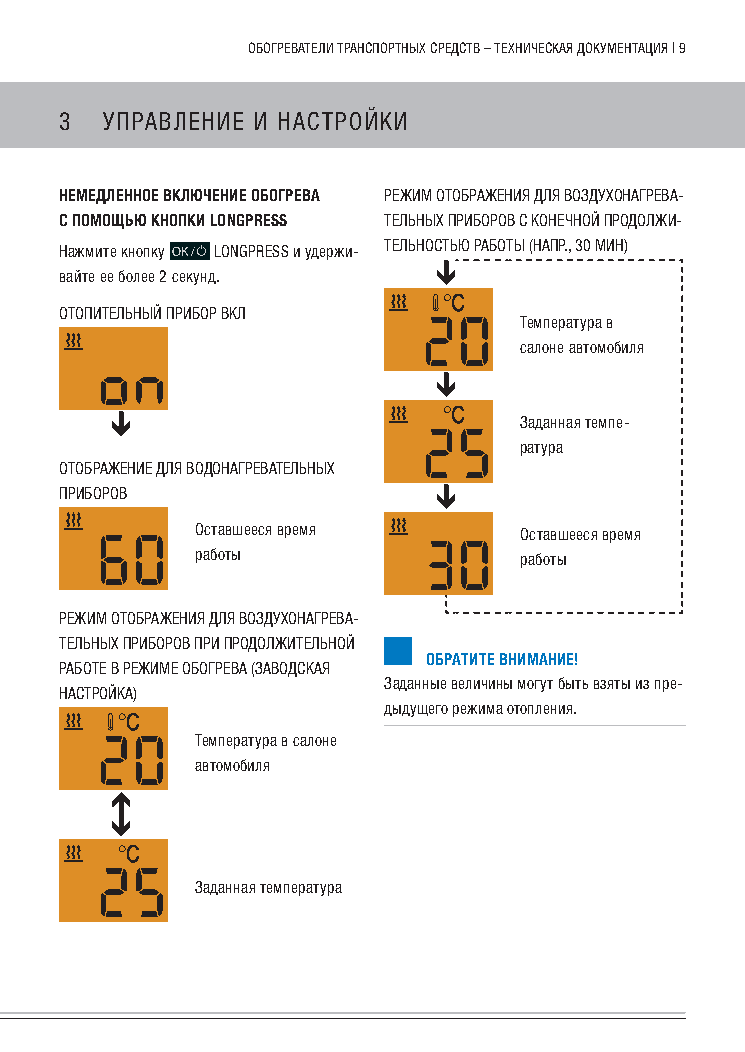
обогРеватели тРанспоРтных сРедств – техническая документация | 9
 3  упРавление и настРойки
 немедленное включение обогРева Режим отобРажения для воздухонагРева-
 с помощью кнопки longpREss тельных пРибоРов с конечной пРодолжи-
 нажмите кнопку LOngpREss и удержи- тельностьЮ Работы (напР., 30 мин)
 вайте ее более 2 секунд.
 отопительный пРибоР вкл
 температура в
 салоне автомобиля
 заданная темпе-
 ратура
 отобРажение для водонагРевательных
 пРибоРов
 оставшееся время     оставшееся время
 работы               работы
 Режим отобРажения для воздухонагРева-
 тельных пРибоРов пРи пРодолжительной
 обРатите внимание!
 Работе в Режиме обогРева (заводская
 заданные величины могут быть взяты из пре-
 настРойка)
 дыдущего режима отопления.
 температура в салоне
 автомобиля
 заданная температура